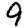
Digit: 9